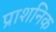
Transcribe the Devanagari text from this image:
प्राशनिक